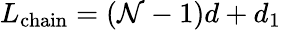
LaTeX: L_{\mathrm{chain}}=(\mathcal{N}-1)d+d_{1}